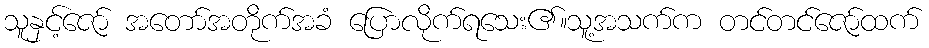
သူနှင့်ဇော် အတော်အတိုက်အခံ ပြောလိုက်ရသေး၏။သူ့အသက်က တင်တင်ဇော်ထက်